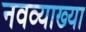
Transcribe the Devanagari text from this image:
नवव्याख्या